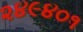
૨૪૯૪૦૧